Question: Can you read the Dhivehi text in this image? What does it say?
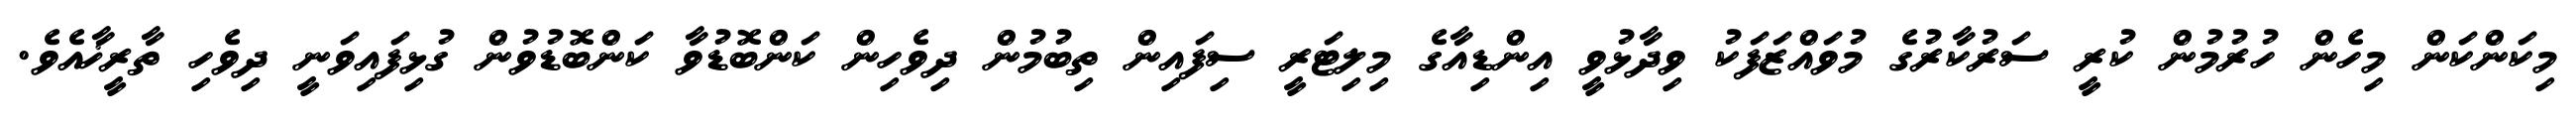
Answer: މިކަންކަން މިހެން ހުރުމުން ކުރީ ސަރުކާރުގެ މުވައްޒަފަކު ވިދާޅުވީ އިންޑިއާގެ މިލިޓަރީ ސިފައިން ތިބުމުން ދިވެހިން ކަންބޮޑުވާ ކަންބޮޑުވުން ގުޅިފައިވަނީ ދިވެހި ތާރީޚާއެވެ.